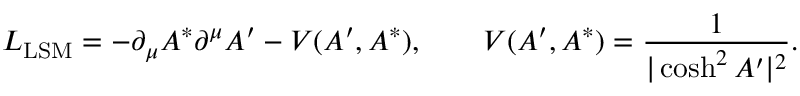
{ \cal L } _ { \mathrm { L S M } } = - \partial _ { \mu } A ^ { * } \partial ^ { \mu } A ^ { \prime } - V ( A ^ { \prime } , A ^ { * } ) , \qquad V ( A ^ { \prime } , A ^ { * } ) = { \frac { 1 } { | \cosh ^ { 2 } A ^ { \prime } | ^ { 2 } } } .